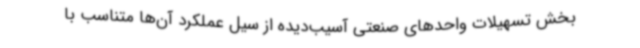
بخش تسهیلات واحدهای صنعتی آسیب‌دیده از سیل عملکرد آن‌ها متناسب با